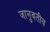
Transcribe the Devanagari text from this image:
जानुवतीय